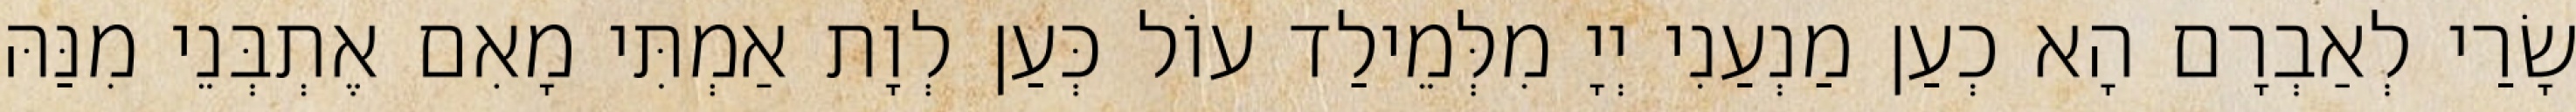
שָׂרַי לְאַבְרָם הָא כְעַן מַנְעַנִי יְיָ מִלְּמֵילַד עוֹל כְּעַן לְוָת אַמְתִּי מָאִם אֶתְבְּנֵי מִנַּהּ